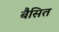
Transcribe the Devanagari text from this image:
बैसित